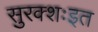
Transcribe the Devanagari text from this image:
सुरक्शःइत